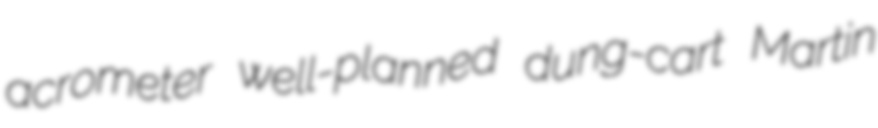
acrometer well-planned dung-cart Martin